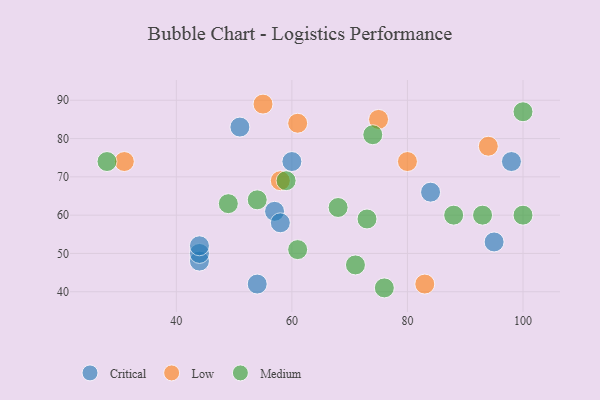
{"axis": {"x": "GDP", "y": "Life Expectancy"}, "legend": ["Critical", "Low", "Medium"], "data": [{"x": "51", "y": 83, "type": "Critical"}, {"x": "44", "y": 48, "type": "Critical"}, {"x": "98", "y": 74, "type": "Critical"}, {"x": "57", "y": 61, "type": "Critical"}, {"x": "60", "y": 74, "type": "Critical"}, {"x": "44", "y": 50, "type": "Critical"}, {"x": "58", "y": 58, "type": "Critical"}, {"x": "84", "y": 66, "type": "Critical"}, {"x": "54", "y": 42, "type": "Critical"}, {"x": "95", "y": 53, "type": "Critical"}, {"x": "44", "y": 52, "type": "Critical"}, {"x": "83", "y": 42, "type": "Low"}, {"x": "31", "y": 74, "type": "Low"}, {"x": "55", "y": 89, "type": "Low"}, {"x": "61", "y": 84, "type": "Low"}, {"x": "75", "y": 85, "type": "Low"}, {"x": "58", "y": 69, "type": "Low"}, {"x": "80", "y": 74, "type": "Low"}, {"x": "94", "y": 78, "type": "Low"}, {"x": "93", "y": 60, "type": "Medium"}, {"x": "28", "y": 74, "type": "Medium"}, {"x": "76", "y": 41, "type": "Medium"}, {"x": "61", "y": 51, "type": "Medium"}, {"x": "59", "y": 69, "type": "Medium"}, {"x": "100", "y": 87, "type": "Medium"}, {"x": "73", "y": 59, "type": "Medium"}, {"x": "100", "y": 60, "type": "Medium"}, {"x": "74", "y": 81, "type": "Medium"}, {"x": "68", "y": 62, "type": "Medium"}, {"x": "49", "y": 63, "type": "Medium"}, {"x": "71", "y": 47, "type": "Medium"}, {"x": "88", "y": 60, "type": "Medium"}, {"x": "54", "y": 64, "type": "Medium"}]}